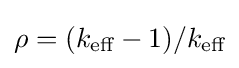
\rho =(k_{\text{eff}}-1)/k_{\text{eff}}